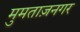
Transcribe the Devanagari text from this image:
मुमताज़नगर